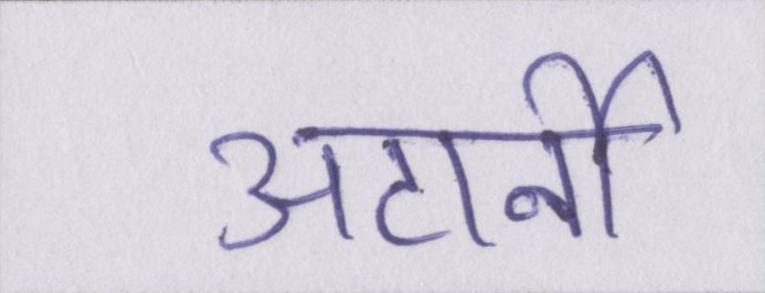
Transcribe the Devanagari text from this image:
अटार्नी